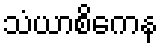
သံယာစိကေန